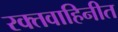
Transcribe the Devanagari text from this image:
रक्तवाहिनीत